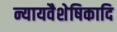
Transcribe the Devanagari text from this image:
न्यायवैशेषिकादि